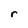
Character: r